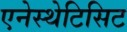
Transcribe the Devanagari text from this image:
एनेस्थेटिसिट